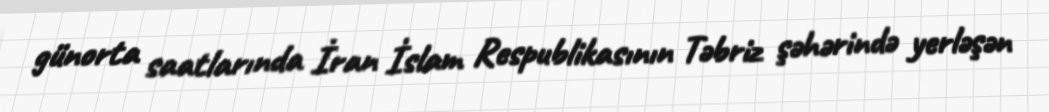
günorta saatlarında İran İslam Respublikasının Təbriz şəhərində yerləşən